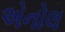
એનોલ